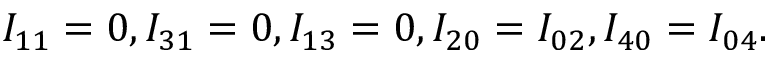
{ I _ { 1 1 } } = 0 , { I _ { 3 1 } } = 0 , { I _ { 1 3 } } = 0 , { I _ { 2 0 } } = { I _ { 0 2 } } , { I _ { 4 0 } } = { I _ { 0 4 } } .